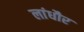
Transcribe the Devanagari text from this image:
लांधौर